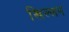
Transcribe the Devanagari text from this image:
खिल्लन